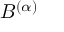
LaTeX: B ^ { ( \alpha ) }